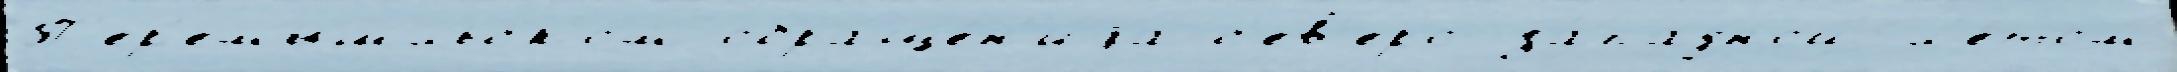
П'ер'емышльском обраще́н'иjа с'ев'еро-за́падной л'е́том